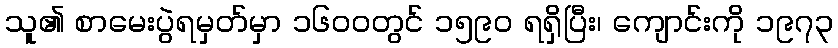
သူ၏ စာမေးပွဲရမှတ်မှာ ၁၆၀၀တွင် ၁၅၉၀ ရရှိပြီး၊ ကျောင်းကို ၁၉၇၃